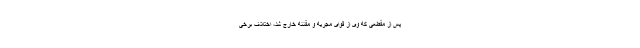
پس‌ از مقطعی‌ که‌ وی‌ از قوای‌ مجریه‌ و مقننه‌ خارج‌ شد، اختلاف‌ برخی‌